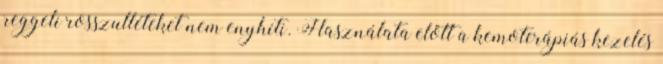
reggeli rosszulléteket nem enyhíti. Használata előtt a kemoterápiás kezelés